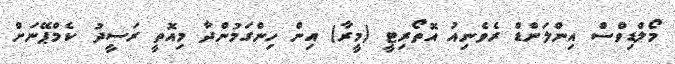
މޯލްޑިވްސް އިންލަންޑް ރެވެނިއު އޮތޯރިޓީ (މީރާ) އިން ހިންގަމުންދާ މިއޮތީ ރަސީދު ކެމްޕޭނަށް